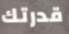
قدرتك